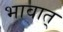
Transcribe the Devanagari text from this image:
भावात्